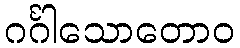
ဂင်္ဂါသောတောဝ